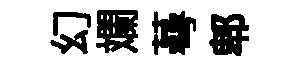
幻斕蕚郫